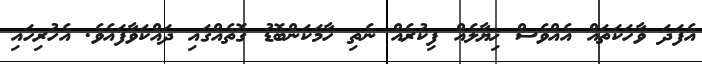
އެފަދަ ވާހަކަތައް އެއްވެސް ޚިޔާލެއް ފިކުރެއް ނެތި ހާމަކަންބޮޑު ގޮތެއްގައި ދައްކަވާފައެވެ. އެހުރިހައި